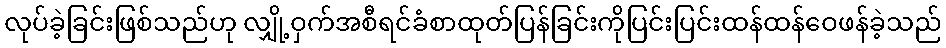
လုပ်ခဲ့ခြင်းဖြစ်သည်ဟု လျှို့ဝှက်အစီရင်ခံစာထုတ်ပြန်ခြင်းကိုပြင်းပြင်းထန်ထန်ဝေဖန်ခဲ့သည်